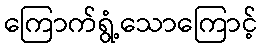
ကြောက်ရွံ့သောကြောင့်